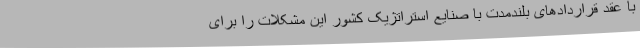
با عقد قراردادهای بلندمدت با صنایع استراتژیک کشور این مشکلات را برای